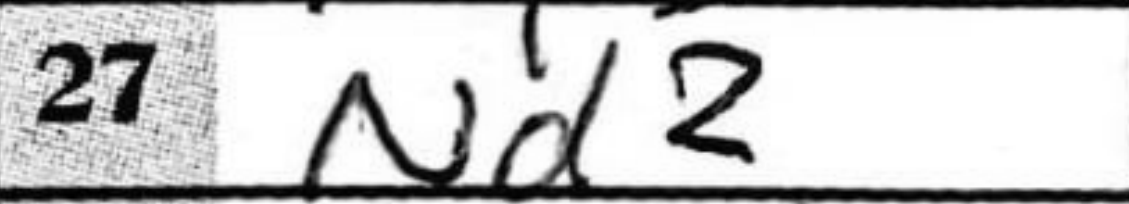
Transcription: Nd2